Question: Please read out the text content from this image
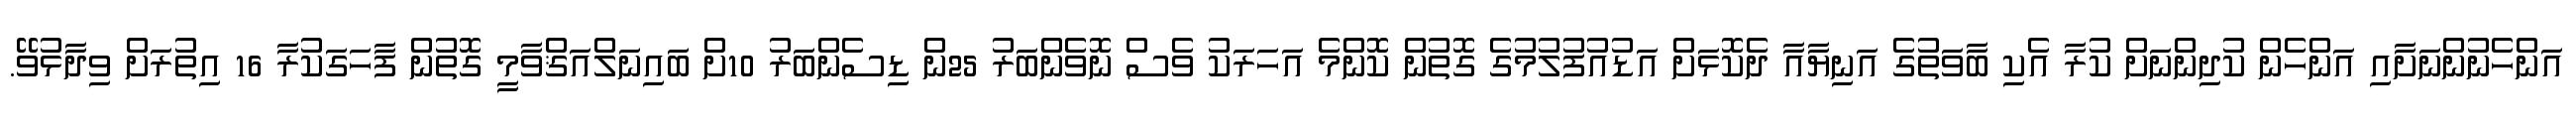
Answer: އަންހެނުންނަށާއި އަންހެން ކުދިންނަށް ކުރާ އެކި ބާވަތުގެ އަނިޔާއާ ދެކޮޅަށް އަޑުއުފުލުމުގެ ގޮތުން ކޮންމެ އަހަރަކު ވެސް ނޮވެންބަރު 25ން ޑިސެންބަރު 10ށް ބައިނަލްއަޤްވާމީ ގޮތުން ފާހަގަކުރާ 16 އިތުރަށް ވިދާޅުވޭ.